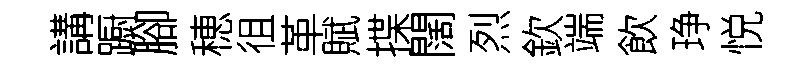
講蹰腳穂徂革賦揲闊烈欽端飲琤悦